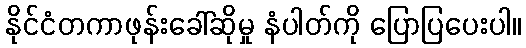
နိုင်ငံတကာဖုန်းခေါ်ဆိုမှု နံပါတ်ကို ပြောပြပေးပါ။